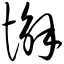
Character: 懈